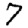
Digit: 7